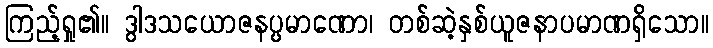
ကြည့်ရှု၏။ ဒွါဒသယောဇနပ္ပမာဏော၊ တစ်ဆဲ့နှစ်ယူဇနာပမာဏရှိသော။